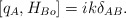
\begin{align*}[q_{A},H_{Bo}]=ik\delta_{AB}.\end{align*}